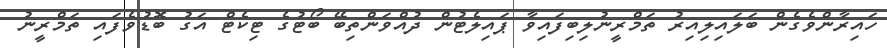
ހައިރާންވެގެން ބަލައިލިއިރު ތަމްރީނުލިބިފައިވާ ޕައިލެޓުން ދުއްވަންތިބޭ ބޯޓުގެ ޓިކެޓް އަގު ބޮޑުވެފައި ތަމްރީނު